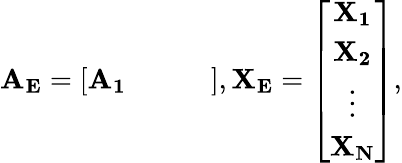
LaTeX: \mathbf{A_{E}}=\left[\begin{array}{cccc}{\mathbf{A_{1}}}&{}&{}&{}\end{array}\right],\mathbf{X_{E}}=\left[\begin{array}{c}{\mathbf{X_{1}}}\\ {\mathbf{X_{2}}}\\ {\vdots}\\ {\mathbf{X_{N}}}\end{array}\right],